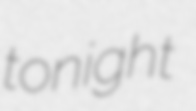
tonight